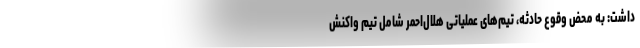
داشت: به محض وقوع حادثه، تیم‌های عملیاتی هلال‌احمر شامل تیم واکنش